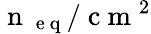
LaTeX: \mathrm{~n~}_{\mathrm{~e~q~}}/\mathrm{~c~m~}^{2}